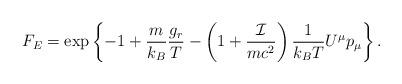
LaTeX: \begin{align*} F_E=\exp\left\{-1+\frac{m}{k_B}\frac{ g_r}{T}-\left(1+\frac{\mathcal{I}}{mc^2}\right)\frac{1}{k_B T}U^\mu p_\mu \right\} .\end{align*}